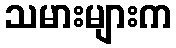
သမားများက